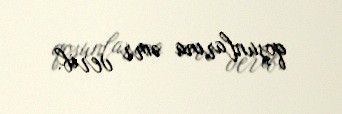
qoşunlarına əmr verib.